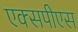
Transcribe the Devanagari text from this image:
एक्सपीएस